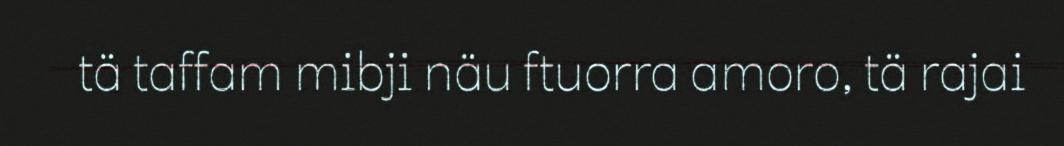
tä taffam mibji näu ftuorra amoro, tä rajai